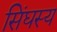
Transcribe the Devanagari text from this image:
सिंघस्य